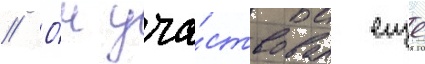
// О́н уча́ствовал еще